Report of the veterinary officer investigating camel disease
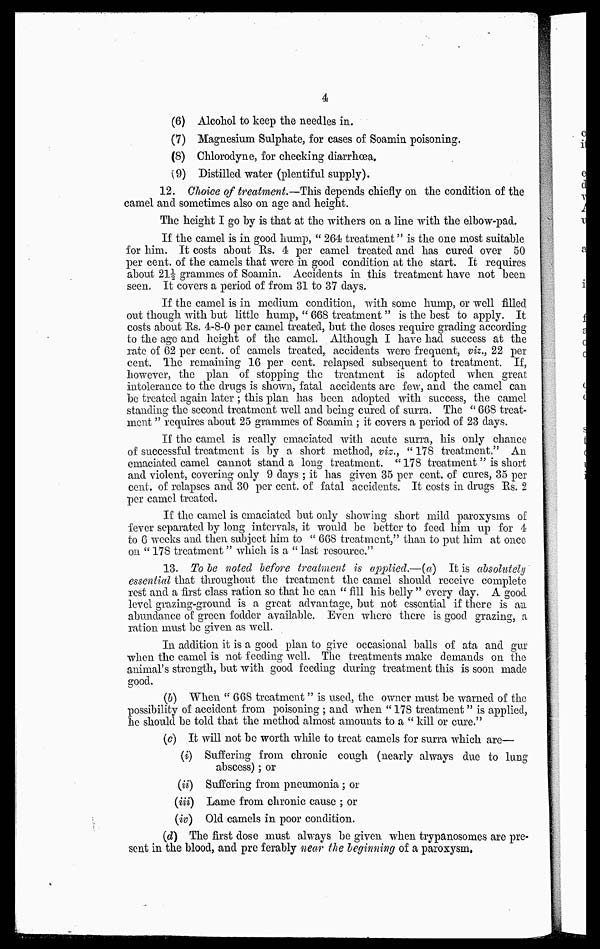
4
(6) Alcohol to keep the needles in.
(7) Magnesium Sulphate, for cases of Soamin poisoning.
(8) Chlorodyne, for checking diarrhoea.
(9) Distilled water (plentiful supply).
12. Choice of treatment.—This depends chiefly on the condition of the
camel and sometimes also on age and height.
The height I go by is that at the withers on a line with the elbow-pad.
If the camel is in good hump, " 264 treatment" is the one most suitable
for him. It costs about Rs. 4 per camel treated and has cured over 50
per cent. of the camels that were in good condition at the start. It requires
about 21½ grammes of Soamin. Accidents in this treatment have not been
seen. It covers a period of from 31 to 37 days.
If the camel is in medium condition, with some hump, or well filled
out though with but little hump, " 668 treatment" is the best to apply. It
costs about Rs. 4-8-0 per camel treated, but the doses require grading according
to the age and height of the camel. Although I have had success at the
rate of 62 per cent. of camels treated, accidents were frequent, viz., 22 per
cent. The remaining 16 per cent. relapsed subsequent to treatment. If,
however, the plan of stopping the treatment is adopted when great
intolerance to the drugs is shown, fatal accidents are few, and the camel can
be treated again later ; this plan has been adopted with success, the camel
standing the second treatment well and being cured of surra. The " 668 treat-
ment " requires about 25 grammes of Soamin ; it covers a period of 23 days.
If the camel is really emaciated with acute surra, his only chance
of successful treatment is by a short method, vis., " 178 treatment," An
emaciated camel cannot stand a long treatment. "178 treatment " is short
and violent, covering only 9 clays ; it has given 35 per cent. of cures, 35 per
cent. of relapses and 30 per cent. of fatal accidents. It costs in drugs Rs. 2
per camel treated.
If the camel is emaciated but only showing short mild paroxysms of
fever separated by long intervals, it would be better to feed him up for 4
to 6 weeks and then subject him to " 668 treatment," than to put him at once
on " 178 treatment" which is a " last resource."
13. To be noted before treatment is applied —(a) It is absolutely
essential that throughout the treatment the camel should receive complete
rest and a first class ration so that he can " fill his belly " every day. A good
level grazing-ground is a great advantage, but not essential if there is an
abundance of green fodder available. Even where there is good grazing, a
ration must be given as well.
In addition it is a good plan to give occasional balls of ata and gur
when the camel is not feeding well. The treatments make demands on the
animal's strength, but with good feeding during treatment this is soon made
good.
(b) When " 668 treatment " is used, the owner must be warned of the
possibility of accident from poisoning ; and when " 178 treatment" is applied,
he should be told that the method almost amounts to a " kill or cure."
(c) It will not be worth while to treat camels for surra which are—
(i) Suffering from chronic cough (nearly always due to lung
abscess) ; or
(ii) Suffering from pneumonia ; or
(iii) Lame from chronic cause ; or
(iv) Old camels in poor condition.
(d) The first dose must always be given when trypanosomes are pre-
sent in the blood, and pre ferably near the beginning of a paroxysm.